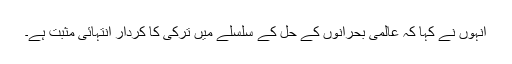
انہوں نے کہا کہ عالمی بحرانوں کے حل کے سلسلے میں ترکی کا کردار انتہائی مثبت ہے۔